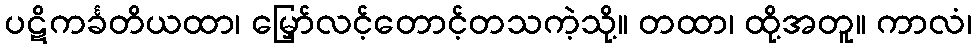
ပဋိကင်္ခတိယထာ၊ မြှော်လင့်တောင့်တသကဲ့သို့။ တထာ၊ ထို့အတူ။ ကာလံ၊